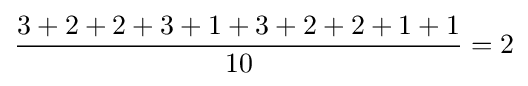
{3+2+2+3+1+3+2+2+1+1 \over 10}=2